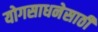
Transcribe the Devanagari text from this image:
योगसाधनेसाठी